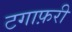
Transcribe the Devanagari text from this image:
टगाफ़री